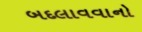
બદલાવવાનો